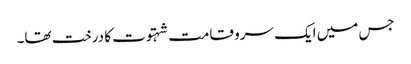
جس میں ایک سرو قامت شہتوت کا درخت تھا۔